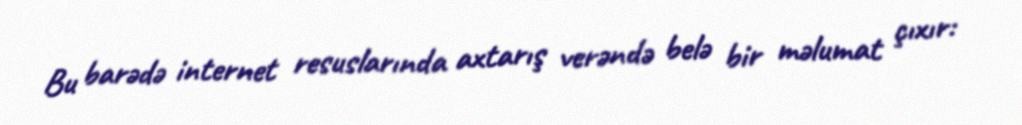
Bu barədə internet resuslarında axtarış verəndə belə bir məlumat çıxır: